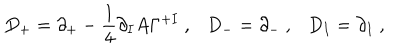
LaTeX: D _ { + } = \partial _ { + } - \frac { 1 } { 4 } \partial _ { I } A \Gamma ^ { + I } ~ , D _ { - } = \partial _ { - } ~ , D _ { I } = \partial _ { I } ~ ,